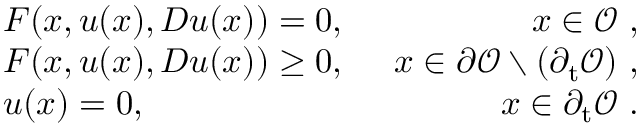
\begin{array} { r l r } & { F ( x , u ( x ) , D u ( x ) ) = 0 , \enspace } & { x \in \mathcal { O } \ , } \\ & { F ( x , u ( x ) , D u ( x ) ) \geq 0 , \enspace } & { x \in \partial \mathcal { O } \setminus ( \partial _ { \mathrm t } \mathcal { O } ) \ , } \\ & { u ( x ) = 0 , \enspace } & { x \in \partial _ { \mathrm t } \mathcal { O } \ . } \end{array}